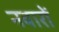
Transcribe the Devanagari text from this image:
नवारों